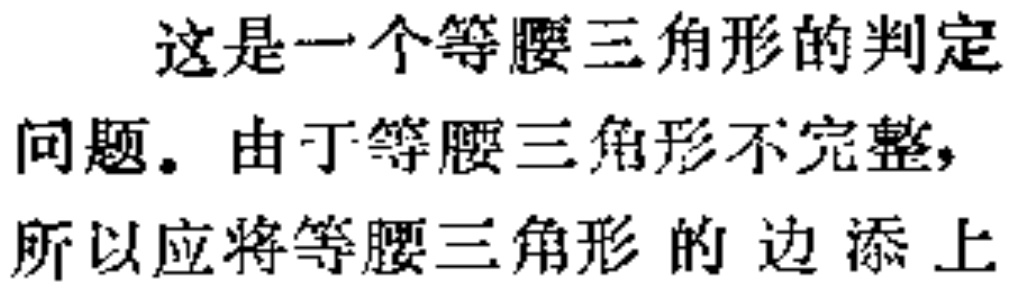
这是一个等腰三角形的判定

问题。由于等腰三角形不完整，

所以应将等腰三角形的边添上